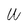
Character: W